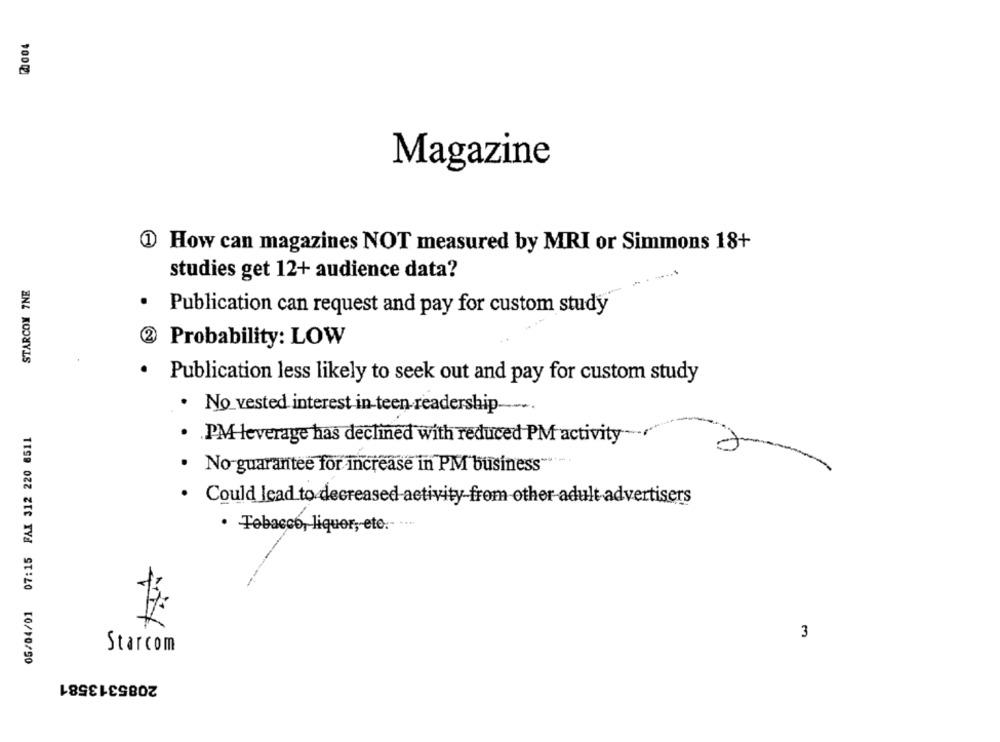
Magazine
@ How can magazines NOT measured by MRI or Simmons 18+
studies get 12+ audience data?
STARCOM 7NE
Publication can request and pay for custom study
Probability: LOW
.
Publication less likely to seek out and pay for custom study
· No_vested interest in-teen readership-
05/04/01 07:15 FAX 312 220 6511
PM-leverage has declined with reduced PM activity
No guarantee for increase in PM business" -.
· Could lead to decreased activity-from other adult advertisers
· Tobacco, liquer, ete .- ***
3
Starcom
2085313581